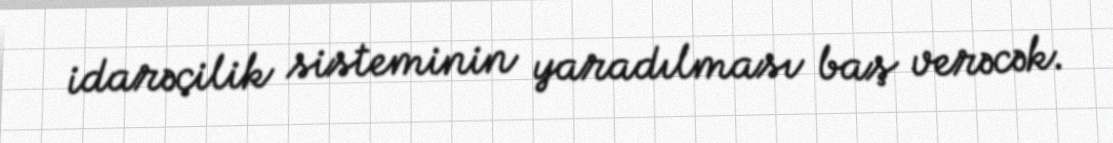
idarəçilik sisteminin yaradılması baş verəcək.